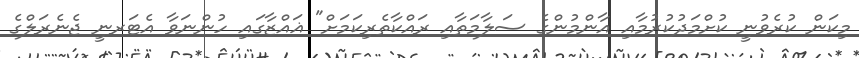
މިކަން ކުރެވުނީ ކުށްމަދުކުރުމާއި އާންމުންގެ ސަލާމަތާއި ރައްކާތެރިކަމަށް" ޣައްޒާގައި ހުންނަވާ އެޓަރނީ ޖެނެރަލްގެ